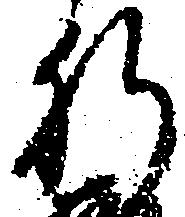
肝